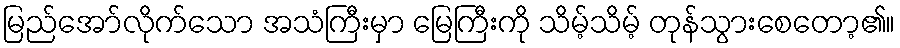
မြည်အော်လိုက်သော အသံကြီးမှာ မြေကြီးကို သိမ့်သိမ့် တုန်သွားစေတော့၏။